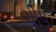
ચીપ